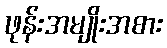
ဖုန်းအမျိုးအစား